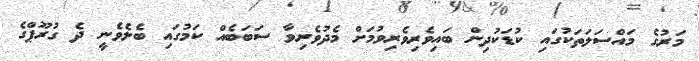
މަރުގެ މައްސަލަތަކުގައި ކުޑަކުދިން ބައިވެރިވެރިވުމަށް މެދުވެރިވާ ސަބަބެއް ކަމުގައި ބެލެވެނީ ދެ ގުރޫޕްގެ